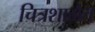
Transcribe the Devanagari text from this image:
चित्रशाळेत